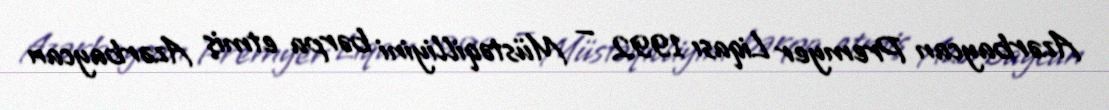
Azərbaycan Premyer Liqası 1992 — Müstəqilliyini bərpa etmiş Azərbaycan